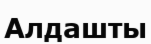
Алдашты